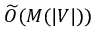
{ \widetilde { O } } ( M ( | V | ) )